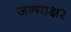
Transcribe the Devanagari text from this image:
जन्माक्षर